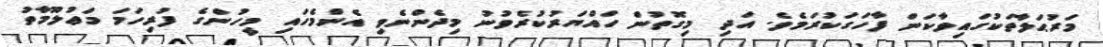
މަރުޙަލާތަކުގައިވާކަން ފާހަގަކުރަމެވެ. އަދި މިގޮތުން ހައްޔަރުކުރެވުނު މިދެންނެވި އެންމެހައި މީހުންގެ ފުރިހަމަ މަޢުލޫމާތު